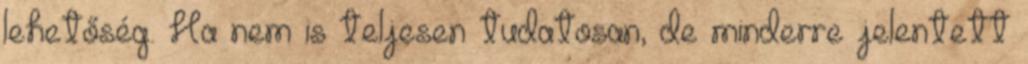
lehetőség. Ha nem is teljesen tudatosan, de minderre jelentett